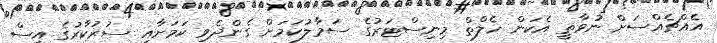
އެއްޗެއްސަށް ނުވާތީ އެކަން ހެލްތް މިނިސްޓަރުގެ ސަމާލުކަމަށް ގެންދެވި ކަމަށާއި ސަރުކާރުގެ އިސް